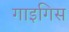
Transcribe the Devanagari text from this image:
गाइगिस